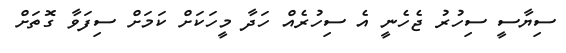
ސިޔާސީ ސިހުރު ޖެހެނީ އެ ސިހުރެއް ހަދާ މީހަކަށް ކަމަށް ސިފަވާ ގޮތަށް